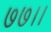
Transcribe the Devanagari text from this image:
७७।।